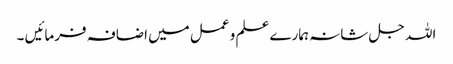
اللہ جل شانہ ہمارے علم و عمل میں اضافہ فرمائیں ۔